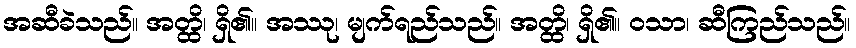
အဆီခဲသည်။ အတ္ထိ၊ ရှိ၏။ အဿု၊ မျက်ရည်သည်။ အတ္ထိ၊ ရှိ၏။ ဝသာ၊ ဆီကြည်သည်။